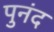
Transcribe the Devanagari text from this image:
पुनंद